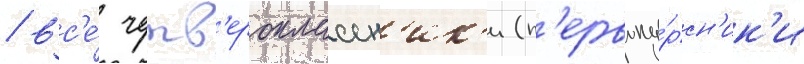
/ вс'е́ четв'ероклассн'ик'и (п'ервоку́рсн'ик'и